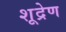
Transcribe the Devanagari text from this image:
शूद्रेण